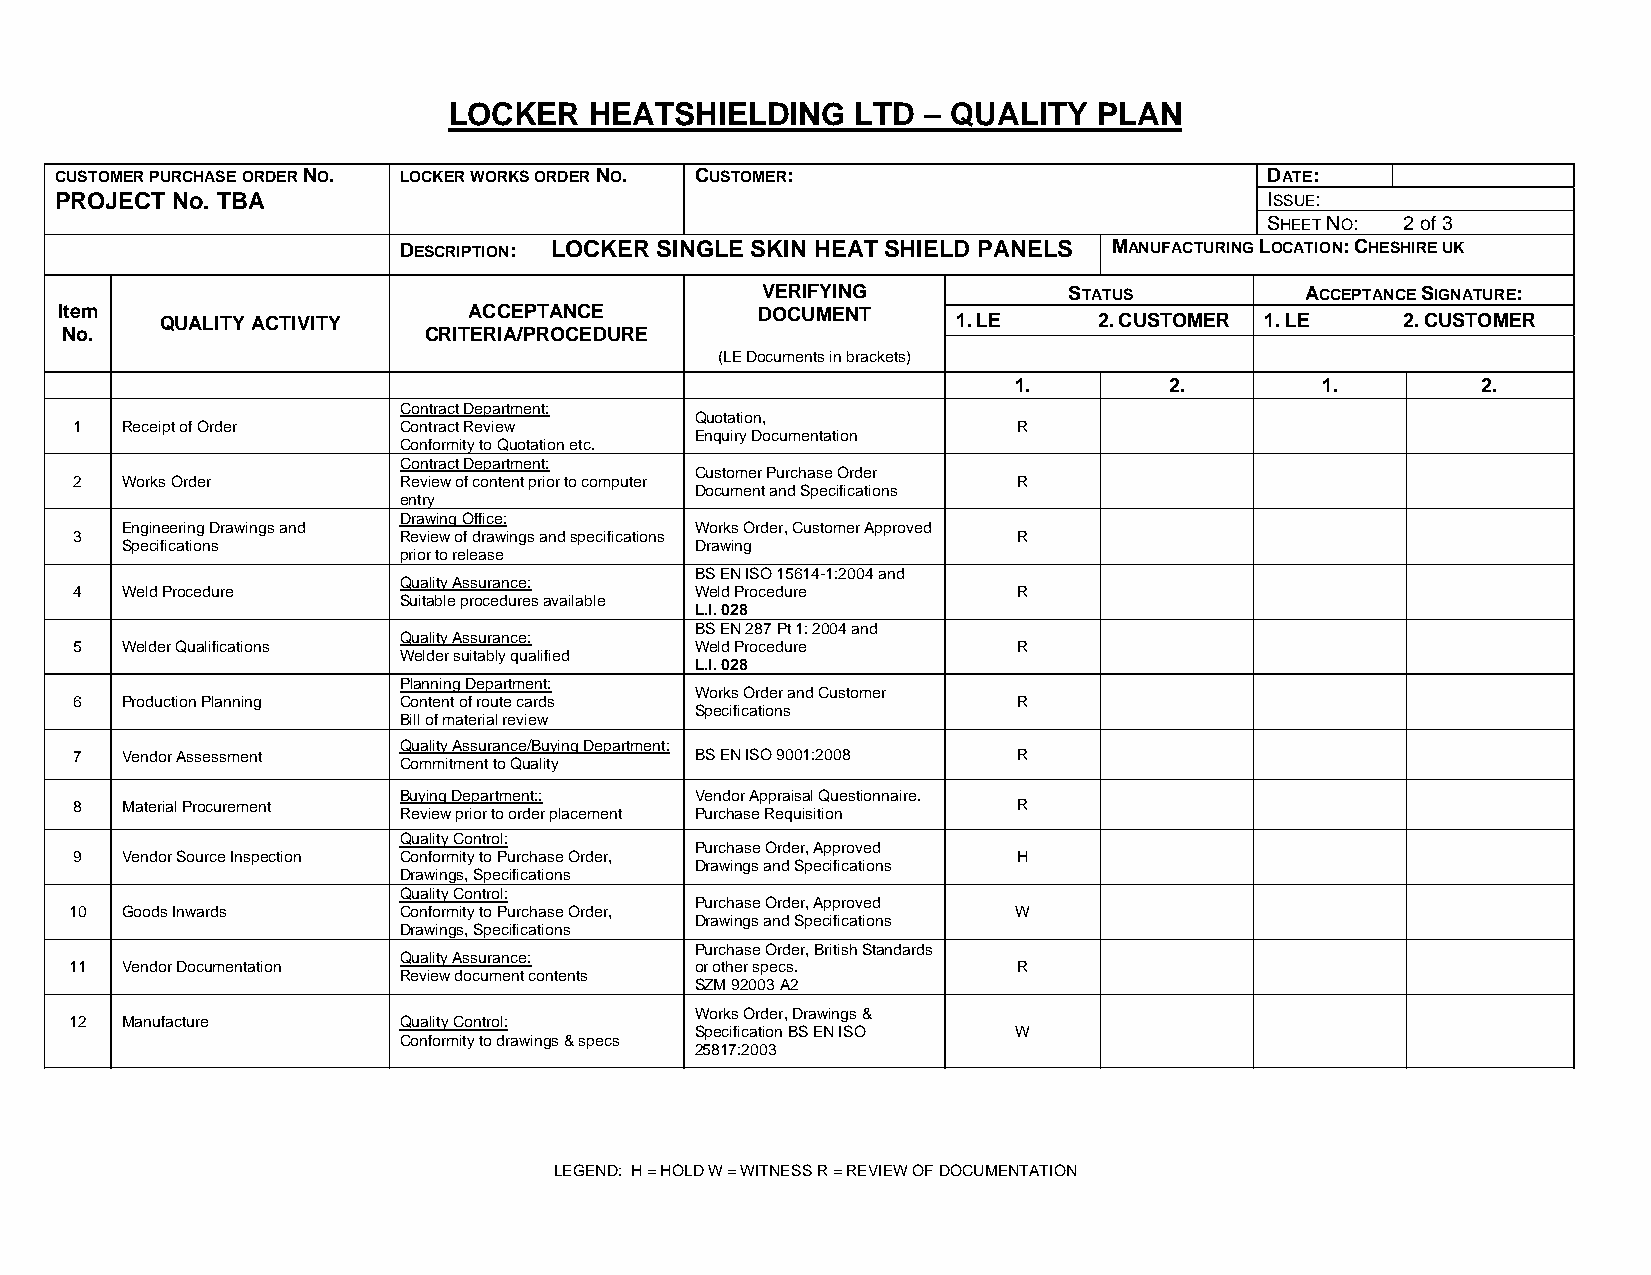
LOCKER   HEATSHIELDING     LTD – QUALITY   PLAN
 CUSTOMER PURCHASE ORDER NO. LOCKER WORKS ORDER NO. CUSTOMER:                    DATE:
 PROJECT No. TBA                                                                 ISSUE:
 SHEET NO: 2 of 3
 DESCRIPTION: LOCKER SINGLE SKIN HEAT SHIELD PANELS MANUFACTURING LOCATION: CHESHIRE UK
 VERIFYING            STATUS         ACCEPTANCE SIGNATURE:
 Item                       ACCEPTANCE         DOCUMENT
 QUALITY ACTIVITY                                    1. LE     2. CUSTOMER 1. LE   2. CUSTOMER
 No.                     CRITERIA/PROCEDURE
 (LE Documents in brackets)
 1.        2.        1.         2.
 Contract Department:
 Quotation,
 1  Receipt of Order  Contract Review                          R
 Enquiry Documentation
 Conformity to Quotation etc.
 Contract Department:
 Customer Purchase Order
 2  Works Order       Review of content prior to computer      R
 Document and Specifications
 entry
 Drawing Office:
 Engineering Drawings and              Works Order, Customer Approved
 3                    Review of drawings and specifications    R
 Specifications                        Drawing
 prior to release
 BS EN ISO 15614-1:2004 and
 Quality Assurance:
 4  Weld Procedure                        Weld Procedure       R
 Suitable procedures available
 L.I. 028
 BS EN 287 Pt 1: 2004 and
 Quality Assurance:
 5  Welder Qualifications                 Weld Procedure       R
 Welder suitably qualified
 L.I. 028
 Planning Department:
 Works Order and Customer
 6  Production Planning Content of route cards                 R
 Specifications
 Bill of material review
 Quality Assurance/Buying Department:
 7  Vendor Assessment                     BS EN ISO 9001:2008  R
 Commitment to Quality
 Buying Department:: Vendor Appraisal Questionnaire.
 8  Material Procurement                                       R
 Review prior to order placement Purchase Requisition
 Quality Control:
 Purchase Order, Approved
 9  Vendor Source Inspection Conformity to Purchase Order,     H
 Drawings and Specifications
 Drawings, Specifications
 Quality Control:
 Purchase Order, Approved
 10 Goods Inwards     Conformity to Purchase Order,            W
 Drawings and Specifications
 Drawings, Specifications
 Purchase Order, British Standards
 Quality Assurance:
 11 Vendor Documentation                  or other specs.      R
 Review document contents
 SZM 92003 A2
 Works Order, Drawings &
 12 Manufacture       Quality Control:
 Specification BS EN ISO W
 Conformity to drawings & specs
 25817:2003
 LEGEND: H = HOLD W = WITNESS R = REVIEW OF DOCUMENTATION